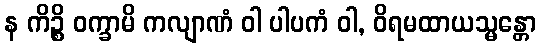
န ကိဉ္စိ ဝက္ခာမိ ကလျာဏံ ဝါ ပါပကံ ဝါ, ဝိရမထာယသ္မန္တော